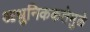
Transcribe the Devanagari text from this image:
आधुनिककतेमुळे